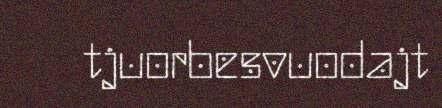
tjuorbesvuodajt